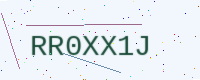
Text: RR0XX1J